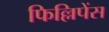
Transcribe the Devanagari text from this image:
फिल्लिपेंस